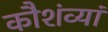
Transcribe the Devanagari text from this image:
कौशंव्यां